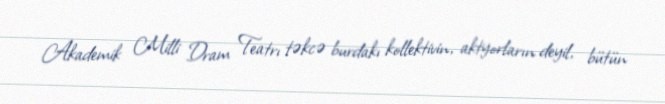
Akademik Milli Dram Teatrı təkcə burdakı kollektivin, aktyorların deyil, bütün